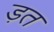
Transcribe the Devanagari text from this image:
ड़त